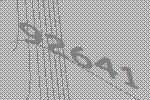
92641